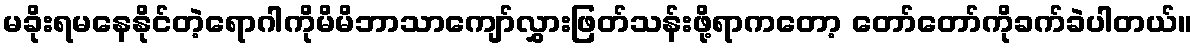
မခိုးရမနေနိုင်တဲ့ရောဂါကိုမိမိဘာသာကျော်လွှားဖြတ်သန်းဖို့ရာကတော့ တော်တော်ကိုခက်ခဲပါတယ်။